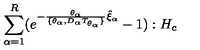
\sum _ { \alpha = 1 } ^ { R } ( e ^ { - \frac { \theta _ { \alpha } } { \lbrace \theta _ { \alpha } , D _ { \alpha } T _ { \theta _ { \alpha } } \rbrace } \hat { \xi } _ { \alpha } } - 1 ) : H _ { c }